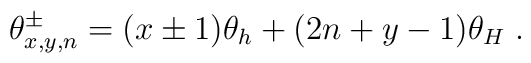
\theta _{x,y,n}^{\pm }=(x\pm 1)\theta _{h}+(2n+y-1)\theta _{H}\;.